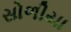
સોળીયા